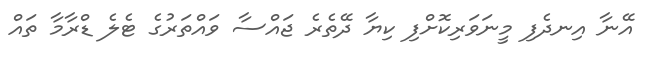
އޭނާ އިނދެފި މީނަވަރިކޮށްފި ކިޔާ ދޭތެރެ ޖައްސާ ވައްތަރުގެ ޓެލެ ޑްރާމާ ތައް